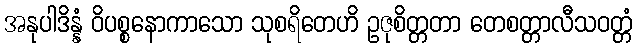
အနုပါဒိန္နံ ဝိပစ္စနောကာသော သုစရိတေဟိ ဥဇုစိတ္တတာ တေစတ္တာလီသဝတ္တံ